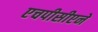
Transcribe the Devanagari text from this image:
एचपीसीएने